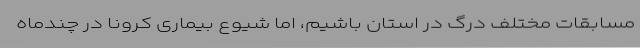
مسابقات مختلف درگ در استان باشیم، اما شیوع بیماری کرونا در چندماه